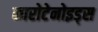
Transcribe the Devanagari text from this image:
कारोटेनोइड्स